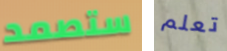
ستصمد تعلم